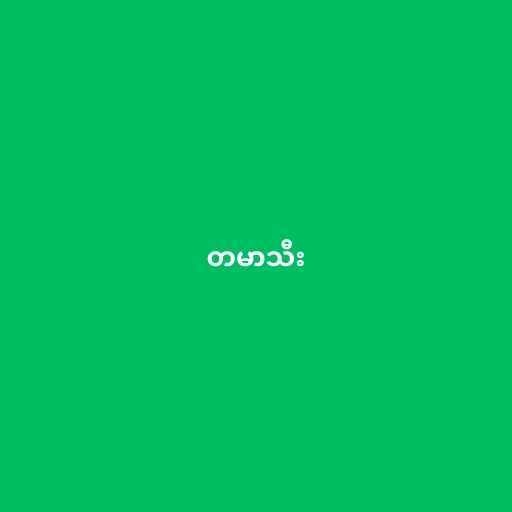
တမာသီး